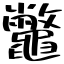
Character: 鼈